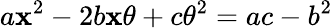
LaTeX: a\mathbf{x}^{2}-2b\mathbf{x}\theta+c\theta^{2}=ac-b^{2}